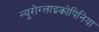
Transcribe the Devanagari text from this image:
न्यूरोग्लाइकोपिनिया